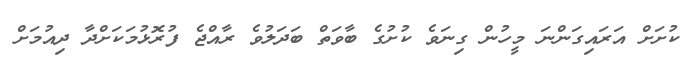
ކުށަށް އަރައިގަންނަ މީހުން ގިނަވެ ކުށުގެ ބާވަތް ބަދަލުވެ ރާއްޖެ ފުރޮޅުމަކަށްދާ ދިއުމަށް